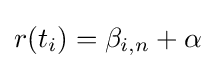
r(t_{i})=\beta _{i,n}+\alpha